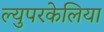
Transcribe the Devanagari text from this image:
ल्युपरकेलिया